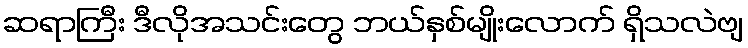
ဆရာကြီး ဒီလိုအသင်းတွေ ဘယ်နှစ်မျိုးလောက် ရှိသလဲဗျ